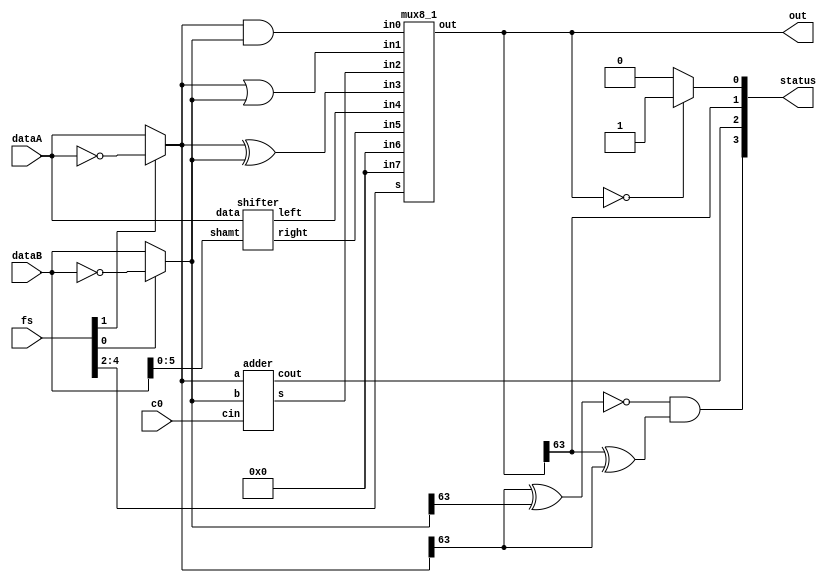
module alu (dataA, dataB, fs, c0, out, status);
	output [63:0]out;								// result
	output [3:0]status;							// z, n, c, v
	input [63:0]dataA, dataB;					// data in
	input [4:0]fs;									// function select
	input c0;

	/* 
		function select inputs
		fs[0] - invert dataB
		fs[1] - invert dataA
		fs[4:2]:
			000 - AND
			001 - OR
			010 - ADD
			011 - XOR
			100 - LSL
			101 - LSR
			110 - unused
			111 - unused
	*/
	
	wire z, n, c, v;								// zero, negative, carry out, overflow
	wire [63:0]inA, inB;							// mux input to adder
	wire [63:0]a, o, x, add, lsl, lsr;		// AND out, OR out, XOR out, ADD out, LSL out, LSR out
	
	assign inA = fs[1] ? ~dataA : dataA;	// invert A mux
	assign inB = fs[0] ? ~dataB : dataB;	// invert B mux
	
	assign status = {v, c, n, z};
	assign n = out[63];
	assign z = (out == 64'b0) ? 1'b1 : 1'b0;
	assign v = ~(inA[63] ^ inB[63]) & (out[63] ^ inA[63]);
	
	assign a = inA & inB;
	assign o = inA | inB;
	assign x = inA ^ inB;
	
	adder   add1   (inA, inB, c0, add, c);
	shifter shift1 (dataA, dataB[5:0], lsl, lsr);
	
	mux8_1 function_select (out, fs[4:2], a, o, add, x, lsl, lsr, 64'b0, 64'b0);
	
endmodule 

/* 64-bit 2 to 1 mux
module mux2_1 (out, s, in0, in1);
	output [63:0]out;
	input  [63:0]in0, in1;
	input  s;
	
	assign out = s ? in1 : in0;

endmodule 
*/

// 64-bit 8 to 1 mux
module mux8_1 (out, s, in0, in1, in2, in3, in4, in5, in6, in7);
	output reg [63:0]out;
	input [63:0]in0, in1, in2, in3, in4, in5, in6, in7;
	input [2:0] s;
	
	always @(*) begin
		case(s)
			3'b000: out <= in0;
			3'b001: out <= in1;
			3'b010: out <= in2;
			3'b011: out <= in3;
			3'b100: out <= in4;
			3'b101: out <= in5;
			3'b110: out <= in6;
			3'b111: out <= in7;
		endcase
	end
	
endmodule

// 64-bit adder
module adder (a, b, cin, s, cout);
	output [63:0]s;
	output cout;
	input [63:0]a, b;
	input cin;
	
	assign {cout, s} = a + b + cin;
	
endmodule

// 64-bit shift register
module shifter (data, shamt, left, right);
	output [63:0]left, right;
	input [63:0]data;
	input [5:0]shamt;
	
	assign left = data << shamt;
	assign right = data >> shamt;
	
endmodule